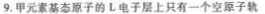
9.甲元素基态原子的L电子层上只有一个空原子轨